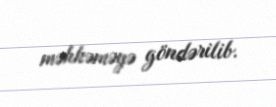
məhkəməyə göndərilib.